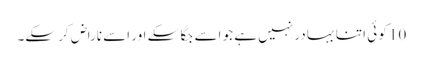
10 کو ئی اتنا بہا در نہیں ہے جو اسے جگا سکے اور اسے ناراض کر سکے۔